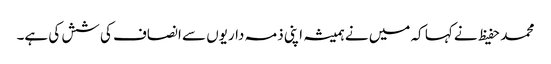
محمد حفیظ نے کہا کہ میں نے ہمیشہ اپنی ذمہ داریوں سے انصاف کی شش کی ہے۔